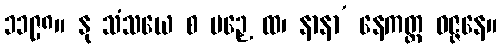
၁၁၉၈။ နု သံသယေ စ ပဉှေ ထ၊ နာနာ’ နေကတ္ထ ဝဇ္ဇနေ။